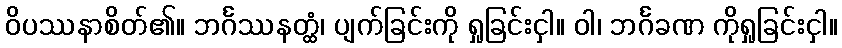
ဝိပဿနာစိတ်၏။ ဘင်္ဂဿနတ္ထံ၊ ပျက်ခြင်းကို ရှုခြင်းငှါ။ ဝါ၊ ဘင်္ဂခဏ ကိုရှုခြင်းငှါ။